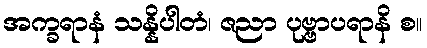
အက္ခရာနံ သန္နိပါတံ၊ ဇညာ ပုဗ္ဗာပရာနိ စ။